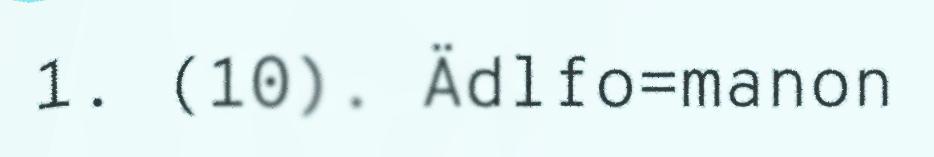
1. (10). Ädlfo=manon